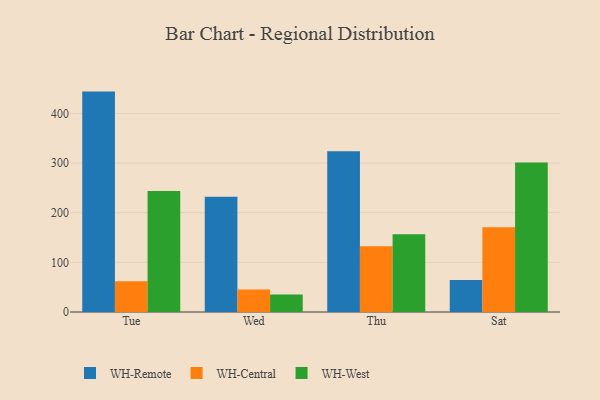
{"axis": {"x": "Day", "y": "Market Share (%)"}, "legend": ["WH-Central", "WH-Remote", "WH-West"], "data": [{"x": "Tue", "y": 444.0, "type": "WH-Remote"}, {"x": "Tue", "y": 61.7, "type": "WH-Central"}, {"x": "Tue", "y": 243.6, "type": "WH-West"}, {"x": "Wed", "y": 232.4, "type": "WH-Remote"}, {"x": "Wed", "y": 45.5, "type": "WH-Central"}, {"x": "Wed", "y": 35.2, "type": "WH-West"}, {"x": "Thu", "y": 324.0, "type": "WH-Remote"}, {"x": "Thu", "y": 132.3, "type": "WH-Central"}, {"x": "Thu", "y": 156.4, "type": "WH-West"}, {"x": "Sat", "y": 64.3, "type": "WH-Remote"}, {"x": "Sat", "y": 170.9, "type": "WH-Central"}, {"x": "Sat", "y": 301.2, "type": "WH-West"}]}